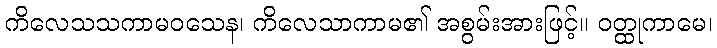
ကိလေသသကာမဝသေန၊ ကိလေသာကာမ၏ အစွမ်းအားဖြင့်။ ဝတ္ထုကာမေ၊